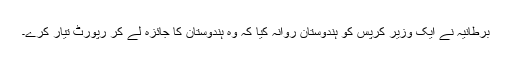
برطانیہ نے ایک وزیر کرپس کو ہندوستان روانہ کیا کہ وہ ہندوستان کا جائزہ لے کر رپورٹ تیار کرے۔